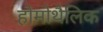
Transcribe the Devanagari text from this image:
होमोथैलिक